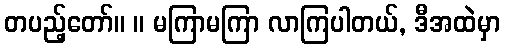
တပည့်တော်။ ။ မကြာမကြာ လာကြပါတယ်, ဒီအထဲမှာ